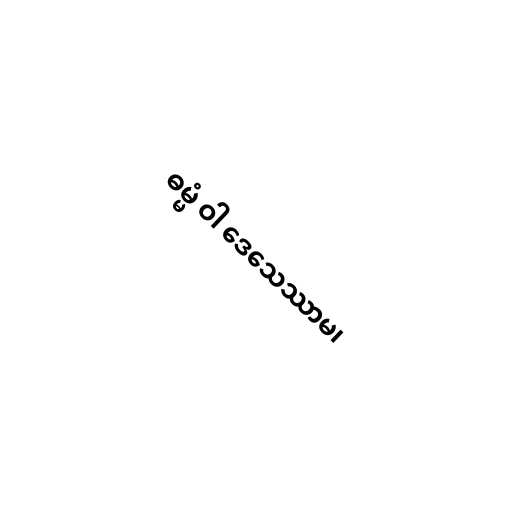
ဓမ္မံ ဝါ ဒေသေဿာမ၊